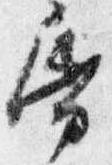
紙